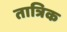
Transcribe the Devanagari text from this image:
तात्रिक